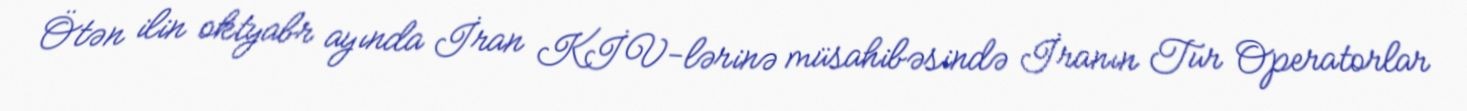
Ötən ilin oktyabr ayında İran KİV-lərinə müsahibəsində İranın Tur Operatorlar